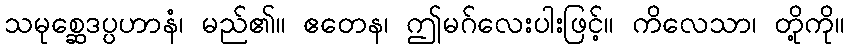
သမုစ္ဆေဒပ္ပဟာနံ၊ မည်၏။ ဧတေန၊ ဤမဂ်လေးပါးဖြင့်။ ကိလေသာ၊ တို့ကို။